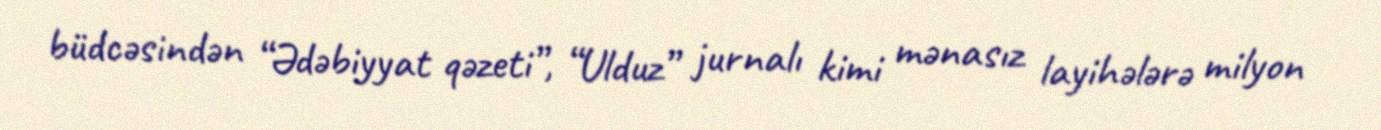
büdcəsindən “Ədəbiyyat qəzeti”, “Ulduz” jurnalı kimi mənasız layihələrə milyon